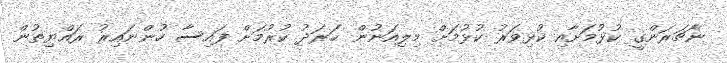
ނާޗަރަންގީ ކުޅުމަށާއި ކުޅިވަރު ކުޅުމަށް މިލިއަނުން ޚަރަދު ކުރުމަށް ފައިސާ ހުންނައިރު ރައްޔިތުން